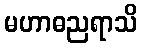
မဟာဓညရာသိ